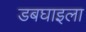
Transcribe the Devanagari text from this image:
डबघाइला